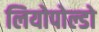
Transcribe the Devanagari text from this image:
लियोपोल्डो